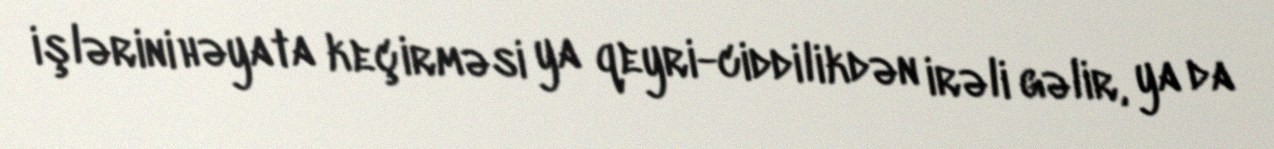
işlərini həyata keçirməsi ya qeyri-ciddilikdən irəli gəlir, ya da